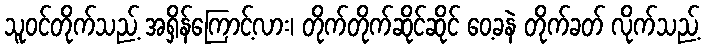
သူဝင်တိုက်သည့် အရှိန်ကြောင့်လား၊ တိုက်တိုက်ဆိုင်ဆိုင် ဝေ့ခနဲ တိုက်ခတ် လိုက်သည့်